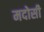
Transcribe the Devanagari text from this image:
मदोसी